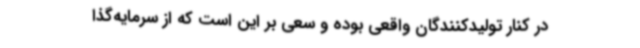
در کنار تولیدکنندگان واقعی بوده و سعی بر این است که از سرمایه‌گذا